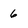
Character: 6